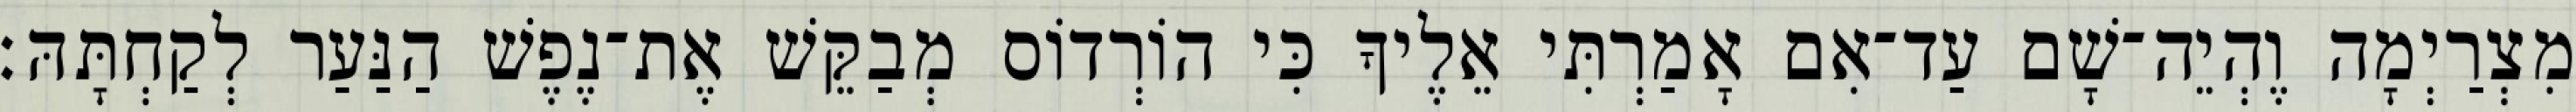
מִצְרַיְמָה וֶהְיֵה־שָׁם עַד־אִם אָמַרְתִּי אֵלֶיךָ כִּי הוֹרְדוֹס מְבַקֵּשׁ אֶת־נֶפֶשׁ הַנַּעַר לְקַחְתָּהּ׃